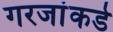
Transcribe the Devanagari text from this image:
गरजांकडे